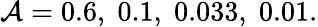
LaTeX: \mathcal{A}=0.6,\; 0.1,\; 0.033,\; 0.01.